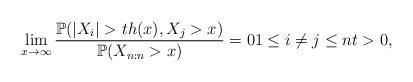
LaTeX: \begin{align*}\lim_{x\rightarrow \infty }\frac{\mathbb{P}(\left\vert X_{i}\right\vert>th(x),X_{j}>x)}{\mathbb{P}(X_{n:n}>x)}=01\leq i\neq j\leq nt>0, \end{align*}